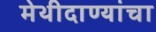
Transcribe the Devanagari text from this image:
मेथीदाण्यांचा